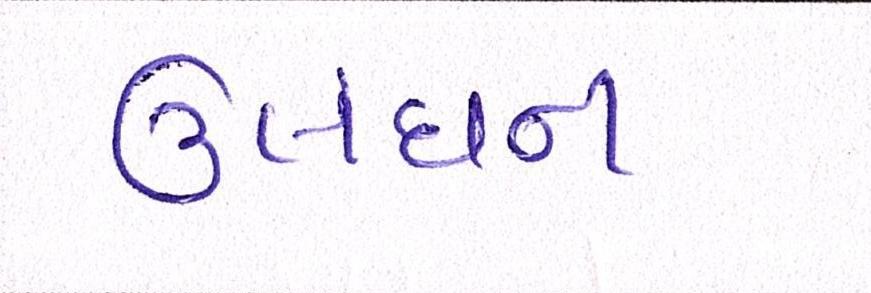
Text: ઉલંઘન